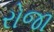
રોજા